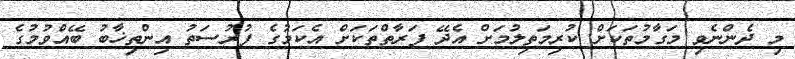
މި ދެންނެވި މަގާމުތަކަށް ކުރިމަތިލުމަށް އެދޭ ފަރާތްތަކަށް އެކަމުގެ ފުރުސަތު އިންތިޚާބު ބޭއްވުމުގެ